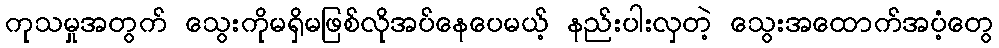
ကုသမှုအတွက် သွေးကိုမရှိမဖြစ်လိုအပ်နေပေမယ့် နည်းပါးလှတဲ့ သွေးအထောက်အပံ့တွေ